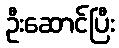
ဦးဆောင်ပြီး